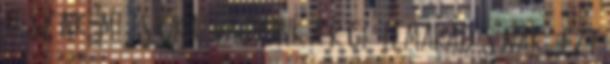
teszünk, mi is okai vagyunk a régió lemaradásának.” Ezt